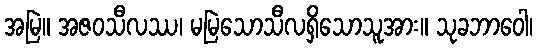
အမြဲ။ အဇဝသီလဿ၊ မမြဲသောသီလရှိသောသူအား။ သုခဘာဝေါ၊